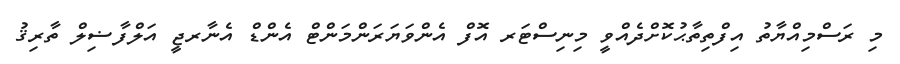
މި ރަސްމިއްޔާތު އިފްތިތާޙުކޮށްދެއްވީ މިނިސްޓަރ އޮފް އެންވަޔަރަންމަންޓް އެންޑް އެނާރޖީ އަލްފާޟިލް ތާރިޤު